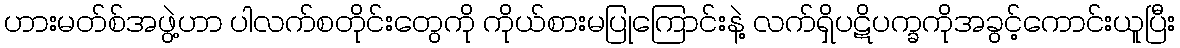
ဟားမတ်စ်အဖွဲ့ဟာ ပါလက်စတိုင်းတွေကို ကိုယ်စားမပြုကြောင်းနဲ့ လက်ရှိပဋိပက္ခကိုအခွင့်ကောင်းယူပြီး